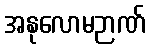
အနုလောမဉာဏ်